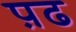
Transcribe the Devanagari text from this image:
प़ढ